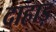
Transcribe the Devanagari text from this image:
दाहाड़